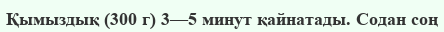
Қымыздық (300 г) 3—5 минут қайнатады. Содан соң